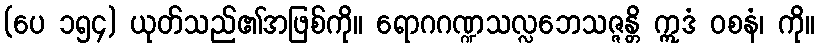
(ပေ ၁၅၄) ယုတ်သည်၏အဖြစ်ကို။ ရောဂဂဏ္ဍသလ္လဘေသဇ္ဇန္တိ ဣဒံ ဝစနံ၊ ကို။